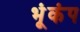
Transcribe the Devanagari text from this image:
भूंकंप